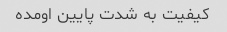
کیفیت به شدت پایین اومده